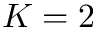
K = 2